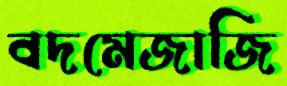
বদমেজাজি